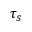
\tau _ { s }